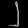
Digit: ၂